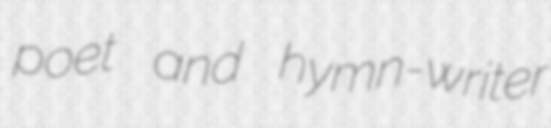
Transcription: poet and hymn-writer